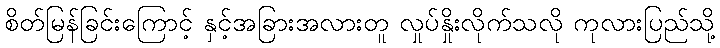
စိတ်မြန်ခြင်းကြောင့် နှင့်အခြားအလားတူ လှုပ်နှိုးလိုက်သလို ကုလားပြည်သို့